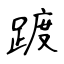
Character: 踱